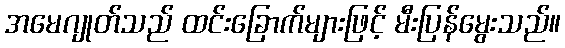
အမေဂျုတ်သည် ထင်းခြောက်များဖြင့် မီးပြန်မွေးသည်။